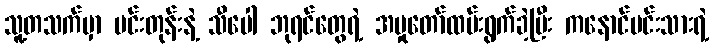
သူ့တသက်မှာ မင်းတုန်းနဲ့ သီပေါ ဘုရင်တွေရဲ့ အမှုတော်ထမ်းရွက်ခဲ့ပြီး ကနောင်မင်းသားရဲ့